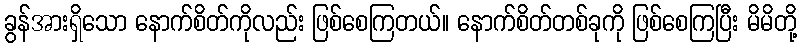
ခွန်အားရှိသော နောက်စိတ်ကိုလည်း ဖြစ်စေကြတယ်။ နောက်စိတ်တစ်ခုကို ဖြစ်စေကြပြီး မိမိတို့